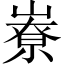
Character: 嶚